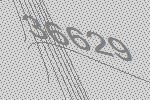
36629